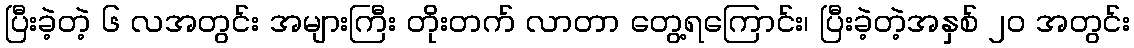
ပြီးခဲ့တဲ့ ၆ လအတွင်း အများကြီး တိုးတက် လာတာ တွေ့ရကြောင်း၊ ပြီးခဲ့တဲ့အနှစ် ၂၀ အတွင်း